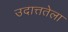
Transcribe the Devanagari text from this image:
उदात्ततेला